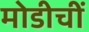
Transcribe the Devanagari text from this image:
मोडीचीं